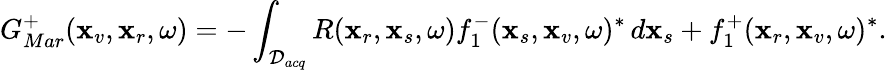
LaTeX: G_{Mar}^{+}(\textbf{x}_{v},\textbf{x}_{r},\omega)=-\int_{\mathcal{D}_{acq}}R(\textbf{x}_{r},\textbf{x}_{s},\omega)f_{1}^{-}(\textbf{x}_{s},\textbf{x}_{v},\omega)^{*}\, d\textbf{x}_{s}+f_{1}^{+}(\textbf{x}_{r},\textbf{x}_{v},\omega)^{*}.